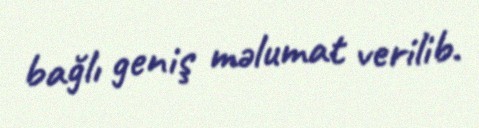
bağlı geniş məlumat verilib.